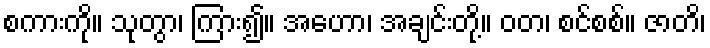
စကားကို။ သုတွာ၊ ကြား၍။ အဟော၊ အချင်းတို့။ ဝတ၊ စင်စစ်။ ဇာတိ၊